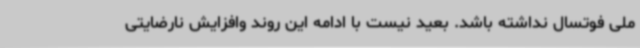
ملی فوتسال نداشته باشد. بعید نیست با ادامه این روند وافزایش نارضایتی